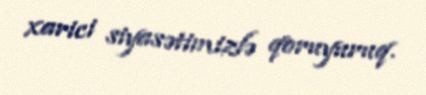
xarici siyasətimizlə qoruyuruq.